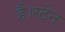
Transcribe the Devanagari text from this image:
है।स्टेन